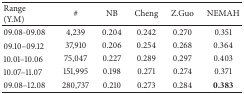
<table><thead><tr><td><b>Range (Y.M)</b></td><td><b>#</b></td><td><b>NB</b></td><td><b>Cheng</b></td><td><b>Z.Guo</b></td><td><b>NEMAH</b></td></tr></thead><tbody><tr><td>09.08-09.08</td><td>4,239</td><td>0.204</td><td>0.242</td><td>0.270</td><td>0.351 </td></tr><tr><td>09.10–09.12</td><td>37,910</td><td>0.206</td><td>0.254</td><td>0.268</td><td>0.364 </td></tr><tr><td>10.01–10.06</td><td>75,047</td><td>0.227</td><td>0.289</td><td>0.297</td><td>0.403 </td></tr><tr><td>10.07–11.07</td><td>151,995</td><td>0.198</td><td>0.271</td><td>0.274</td><td>0.371 </td></tr><tr><td>09.08–12.08</td><td>280,737</td><td>0.210</td><td>0.273</td><td>0.284</td><td><b>0.383</b></td></tr></tbody></table>